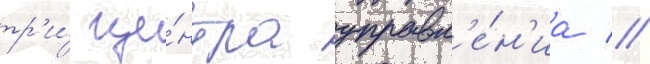
тр'и́ це́нтра управл'е́н'иа //